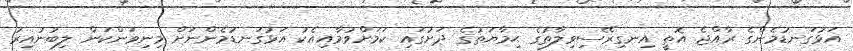
އަޅުގަނޑުމެންގެ ރާއްޖެ އޮތީ އިނގިރޭސިވިލާތުގެ ޙިމާޔަތުގެ ދަށުގައި ކަމަށްވުމާއިއެކު އަޅުގަނޑުމެންނަށް މިނިވަންކަން ލިބުނުއިރު